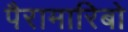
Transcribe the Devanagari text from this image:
पैरामारिबो